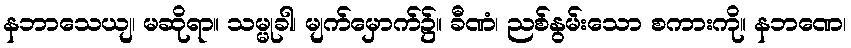
နဘာသေယျ၊ မဆိုရာ။ သမ္မုခါ၊ မျက်မှောက်၌။ ခီဏံ၊ ညစ်နွမ်းသော စကားကို။ နဘဏေ၊